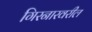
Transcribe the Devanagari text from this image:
गिरनारवरील